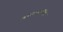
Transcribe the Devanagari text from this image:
कालत्रयगतिहेतुं